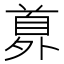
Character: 𩠘